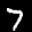
Label: 7